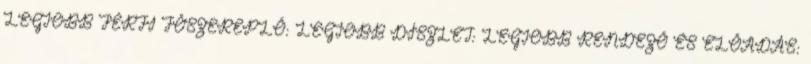
LEGJOBB FÉRFI FŐSZEREPLŐ: LEGJOBB DÍSZLET: LEGJOBB RENDEZŐ ÉS ELŐADÁS: